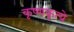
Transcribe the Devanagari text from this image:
कृष्णकृत्ये